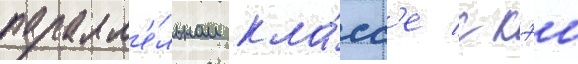
паралл'е́льном кла́сс'е с кэи